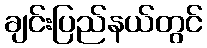
ချင်းပြည်နယ်တွင်